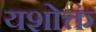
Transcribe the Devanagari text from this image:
यशोक्तं